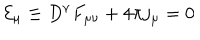
LaTeX: { \cal E } _ { \mu } \equiv D ^ { \nu } F _ { \mu \nu } + 4 \pi j _ { \mu } = 0